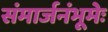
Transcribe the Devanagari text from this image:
संमार्जनंभूमेः